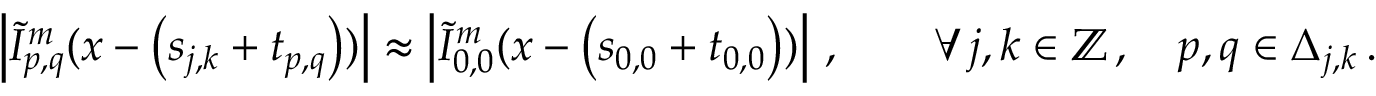
\left\vert \tilde { I } _ { p , q } ^ { m } ( \boldsymbol { x } - \left( \boldsymbol { s } _ { j , k } + \boldsymbol { t } _ { p , q } \right) ) \right\vert \approx \left\vert \tilde { I } _ { 0 , 0 } ^ { m } ( \boldsymbol { x } - \left( \boldsymbol { s } _ { 0 , 0 } + \boldsymbol { t } _ { 0 , 0 } \right) ) \right\vert \, , \qquad \forall \, j , k \in \mathbb { Z } \, , \quad p , q \in \Delta _ { j , k } \, .